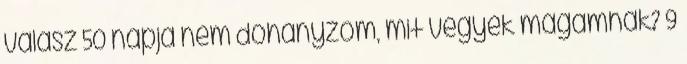
válasz 50 napja nem dohányzom, mit vegyek magamnak? 9